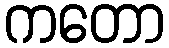
ကတော